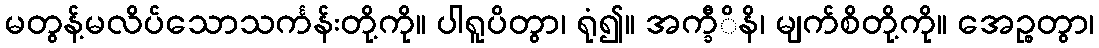
မတွန့်မလိပ်သောသင်္ကန်းတို့ကို။ ပါရူပိတွာ၊ ရုံ၍။ အက္ခီိနိ၊ မျက်စိတို့ကို။ အေဉ္စတွာ၊